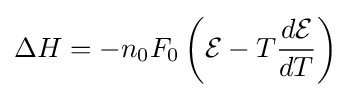
\Delta H=-n_{0}F_{0}\left({\mathcal {E}}-T{\frac {d{\mathcal {E}}}{dT}}\right)